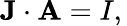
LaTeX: \mathbf{J}\cdot\mathbf{A}=I,\,